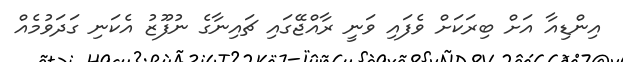
އިންޑިއާ އަށް ބިރަކަށް ވެފައި ވަނީ ރާއްޖޭގައި ޗައިނާގެ ނުފޫޒު އެކަނި ގަދަވުމެއް